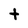
Character: t